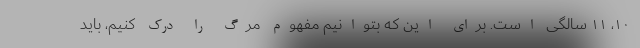
۱۰، ۱۱ سالگی است. برای این که بتوانیم مفهوم مرگ را درک کنیم، باید